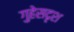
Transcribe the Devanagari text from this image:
गुहेसदृश